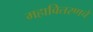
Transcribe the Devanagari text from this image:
महावितरणचे